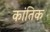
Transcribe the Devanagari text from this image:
कांतिक